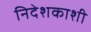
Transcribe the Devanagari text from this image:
निदेशकाशी